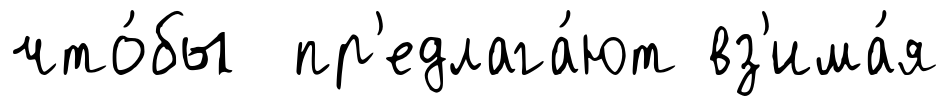
что́бы пр'едлага́ют вз'има́я